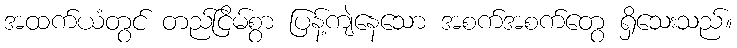
အထက်ယံတွင် တည်ငြိမ်စွာ ပြန့်ကျဲနေသော အစက်အစက်တွေ ရှိသေးသည်။